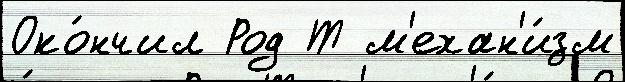
Око́нчил Род Т м'ехан'и́зм